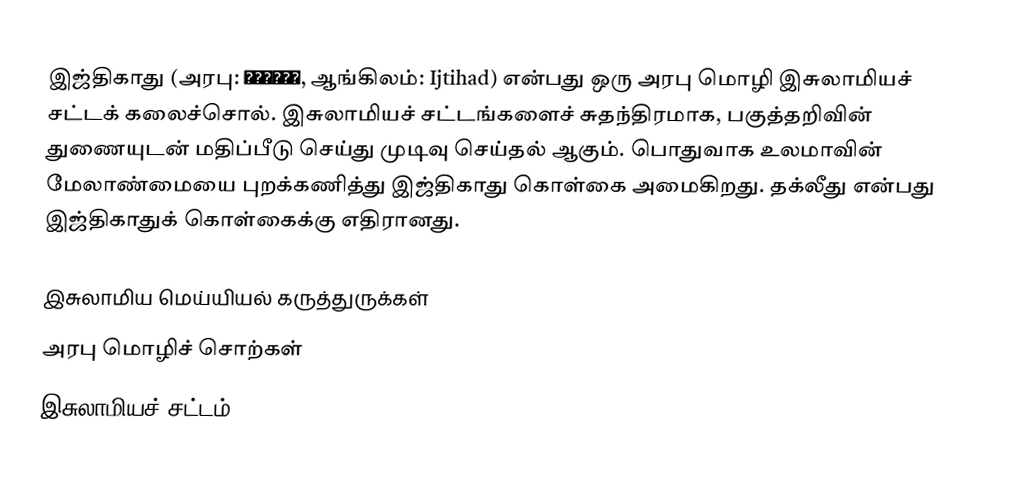
இஜ்திகாது (அரபு:  اجتهاد, ஆங்கிலம்: Ijtihad) என்பது ஒரு அரபு மொழி இசுலாமியச் சட்டக் கலைச்சொல். இசுலாமியச் சட்டங்களைச் சுதந்திரமாக, பகுத்தறிவின் துணையுடன் மதிப்பீடு செய்து முடிவு செய்தல் ஆகும். பொதுவாக உலமாவின் மேலாண்மையை புறக்கணித்து இஜ்திகாது கொள்கை அமைகிறது. தக்லீது என்பது இஜ்திகாதுக் கொள்கைக்கு எதிரானது.

இசுலாமிய மெய்யியல் கருத்துருக்கள்
அரபு மொழிச் சொற்கள்
இசுலாமியச் சட்டம்